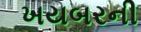
ખયબરની